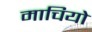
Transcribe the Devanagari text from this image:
माचियो